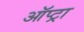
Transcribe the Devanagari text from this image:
ऑप्ट्रा